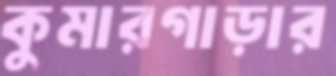
কুমারগাড়ার